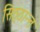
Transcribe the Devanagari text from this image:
सिठ्ठान्त